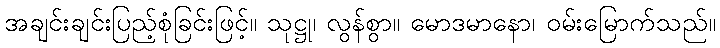
အချင်းချင်းပြည့်စုံခြင်းဖြင့်။ သုဋ္ဌု၊ လွန်စွာ။ မောဒမာနော၊ ဝမ်းမြောက်သည်။